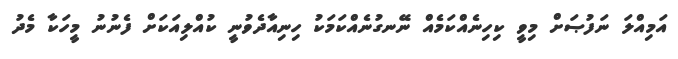
އަމިއްލަ ނަފުޞަށް މިވީ ކިހިނެއްކަމެއް ނޭނގުނެއްކަމަކު ހިނިއާދެވުނީ ކުއްލިއަކަށް ފެނުނު މީހަކާ މެދު